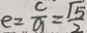
e = \frac { c } { a } = \frac { \sqrt { 5 } } { 2 }